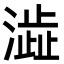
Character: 澁